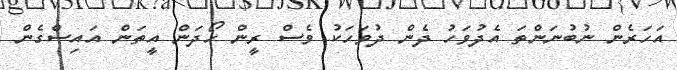
އަހަރެން ނުބުނަންތަ އެދުވަހު ދެން ދުވަހަކު ވެސް ރީން ހޯދަން އީތަން އައިސްގެން